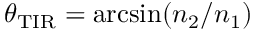
\theta _ { \mathrm { T I R } } = \arcsin ( n _ { 2 } / n _ { 1 } )